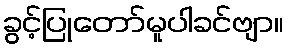
ခွင့်ပြုတော်မူပါခင်ဗျာ။